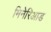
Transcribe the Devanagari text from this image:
मिनेरिआड